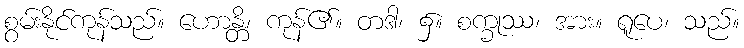
စွမ်းနိုင်ကုန်သည်။ ဟောန္တိ၊ ကုန်၏။ တဒါ၊ ၌။ စက္ခုဿ၊ အား။ ရူပေ၊ သည်။